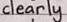
clearly